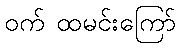
ဝက် ထမင်းကြော်